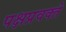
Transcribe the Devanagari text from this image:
पक्षप्रवक्ते